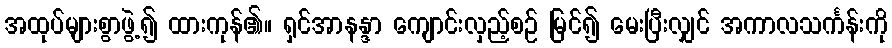
အထုပ်များစွာဖွဲ့၍ ထားကုန်၏။ ရှင်အာနန္ဒာ ကျောင်းလှည့်စဉ် မြင်၍ မေးပြီးလျှင် အကာလသင်္ကန်းကို